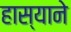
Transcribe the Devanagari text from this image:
हास्याने